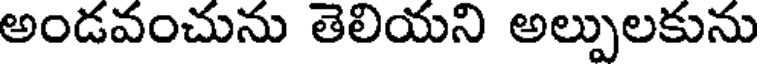
అండవంచును తెలియని అల్పులకును